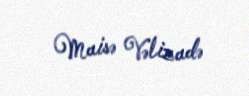
Maisə Vəlizadə